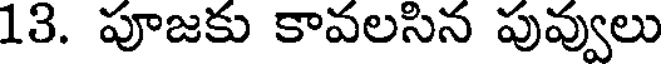
13. పూజకు కావలసిన పువ్వులు